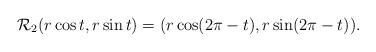
LaTeX: \begin{align*}\mathcal R_2 (r\cos t, r\sin t) = (r\cos (2\pi-t), r\sin (2\pi-t)).\end{align*}